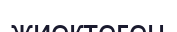
жиектеген